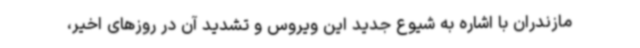
مازندران با اشاره به شیوع جدید این ویروس و تشدید آن در روزهای اخیر،